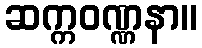
ဆက္ကဝဏ္ဏနာ။